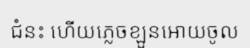
ជំនះ ហើយភ្លេចខ្ឡួនអោយចូល